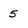
Character: 5